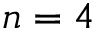
n = 4